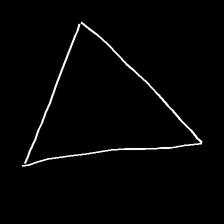
Glyph: convergence